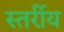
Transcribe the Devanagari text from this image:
स्तर्रीय